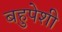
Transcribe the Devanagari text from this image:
बहुपेशी